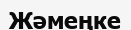
Жәмеңке